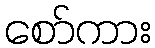
စော်ကား